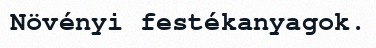
Növényi festékanyagok.